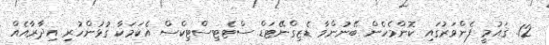
12. ޤައުމީ ފެންވަރުގައި ކޮންމެހެން ބޭނުންވާ ޑެޒިގްނޭޓަޑް ސްޓެޓިސްޓިކްސް އެކަމަކާ ގުޅުންހުރި އިދާރާއެއް